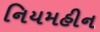
નિયમહીન